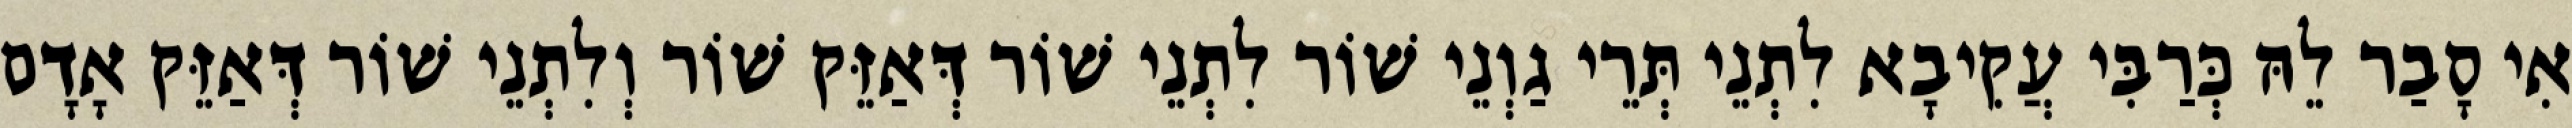
אִי סָבַר לֵהּ כְּרַבִּי עֲקִיבָא לִתְנֵי תְּרֵי גַוְנֵי שׁוֹר לִתְנֵי שׁוֹר דְּאַזֵּק שׁוֹר וְלִתְנֵי שׁוֹר דְּאַזֵּק אָדָם